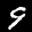
Label: 9